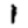
Digit: 1